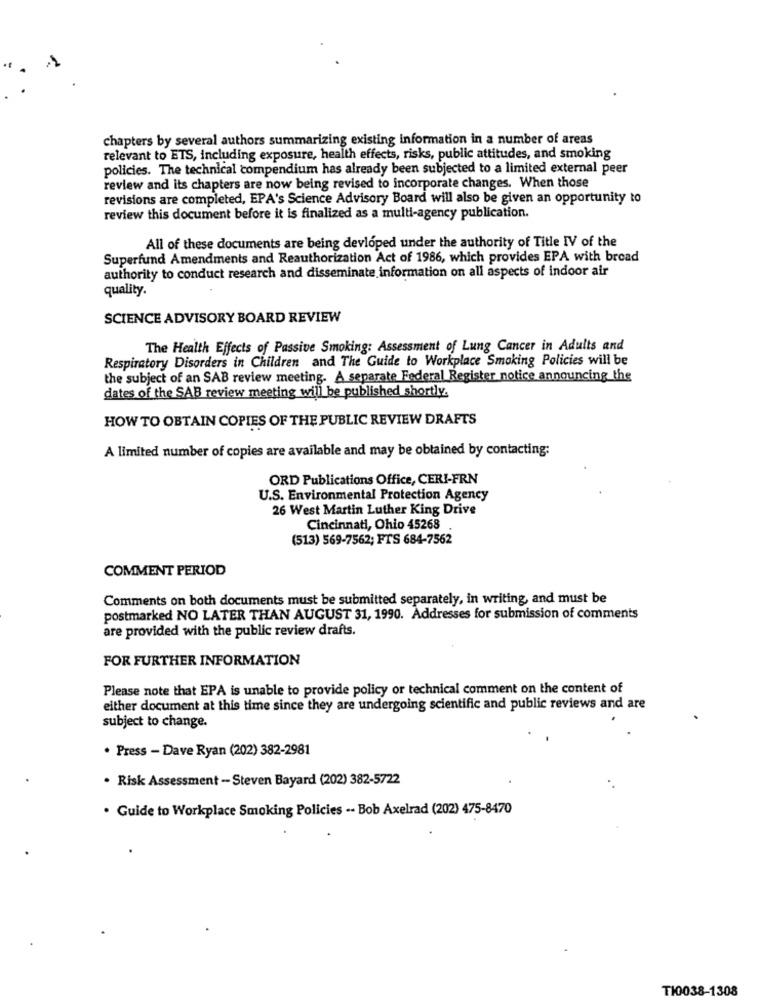
chapters by several authors summarizing existing information in a number of areas
relevant to ETS, including exposure, health effects, risks, public attitudes, and smoking
policies. The technical compendium has already been subjected to a limited external peer
review and its chapters are now being revised to incorporate changes. When those
revisions are completed, EPA's Science Advisory Board will also be given an opportunity to
review this document before it is finalized as a multi-agency publication.
All of these documents are being devloped under the authority of Title IV of the
Superfund Amendments and Reauthorization Act of 1986, which provides EPA with bread
authority to conduct research and disseminate information on all aspects of indoor air
quality.
SCIENCE ADVISORY BOARD REVIEW
The Health Effects of Passive Smoking: Assessment of Lung Cancer in Adults and
Respiratory Disorders in Children and The Guide to Workplace Smoking Policies will be
the subject of an SAB review meeting. A separate Federal Register notice announcing the
dates of the SAB review meeting will be published shortly.
HOW TO OBTAIN COPIES OF THE PUBLIC REVIEW DRAFTS
A limited number of copies are available and may be obtained by contacting:
ORD Publications Office, CERI-FRN
U.S. Environmental Protection Agency
26 West Martin Luther King Drive
Cincinnati, Ohio 45268
(513) 569-7562; FTS 684-7562
COMMENT PERIOD
Comments on both documents must be submitted separately, in writing, and must be
postmarked NO LATER THAN AUGUST 31, 1990. Addresses for submission of comments
are provided with the public review drafts.
FOR FURTHER INFORMATION
Please note that EPA is unable to provide policy or technical comment on the content of
either document at this time since they are undergoing scientific and public reviews and are
subject to change.
. Press - Dave Ryan (202) 382-2981
· Risk Assessment - Steven Bayard (202) 382-5722
. Guide to Workplace Smoking Policies -- Bob Axelrad (202) 475-8470
TI0038-1308